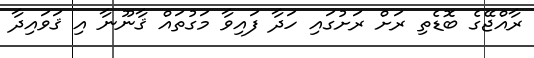
ރާއްޖޭގެ ބޮޑެތި ރަށް ރަށުގައި ހަދާ ފައިވާ މަގުތައް ޤާނޫނާ އި ޤަވައިދާ